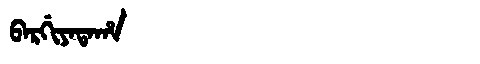
Manchu: ᠪᠠᡵᡤᡳᠶᠠᡨᠠᡥᠠ
Romanization: BARGIYATAHA